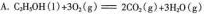
A $$C _ { 2 } H _ { 5 } O H ( l ) + 3 O _ { 2 } ( g ) = 2 C O _ { 2 } ( g ) + 3 H _ { 2 } O$$